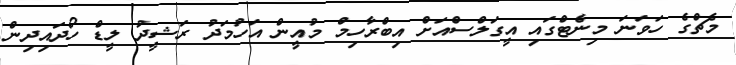
މެޗްގެ ހަވަނަ މިނެޓްގައި އީގަލްސްއަށް އިބްރާހިމް މުއީން އަހުމަދު ރަޝީދު ލީޑް ހޯދައިދިން